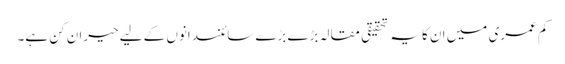
کم عمری میں ان کا یہ تحقیقی مقالہ بڑے بڑے سائنسدانوں کے لیے حیران کن ہے۔